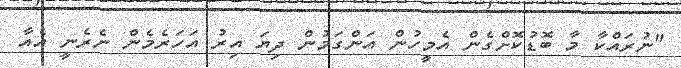
"ނުރައްކާ މާ ބޮޑުކޮށްގެން އެމީހުން އަންގަމުން ދިޔަ އިރު އަހަރެމެން ނެރެނީ އެއާ